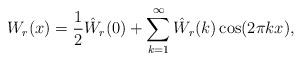
LaTeX: \begin{align*}W_r(x) = \frac 12 \hat W_r(0) + \sum_{k=1}^\infty \hat W_r(k) \cos(2\pi k x),\end{align*}